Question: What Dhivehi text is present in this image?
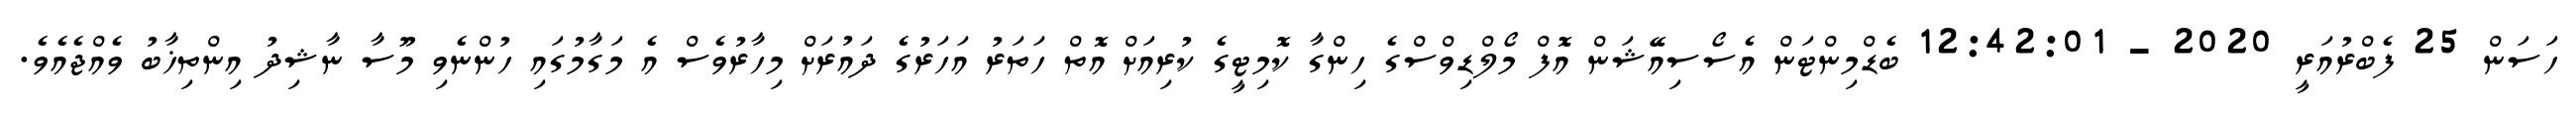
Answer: ހަސަން 25 ފެބްރުއަރީ 2020 - 12:42:01 ބެޑްމިންޓަން އެސޯސިއޭޝަން އޮފް މޯލްޑިވްސްގެ ހިންގާ ކޮމިޓީގެ ކުރިއަށް އޮތް ހަތަރު އަހަރުގެ ދައުރަށް މިހާރުވެސް އެ މަގާމުގައި ހުންނެވި މޫސާ ނާޝިދު އިންތިޚާބު ވެއްޖެއެވެ.